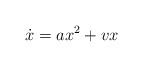
LaTeX: \begin{align*}\dot{x}=ax^2 + vx\end{align*}